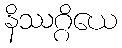
နိဿဂ္ဂိယေ